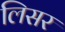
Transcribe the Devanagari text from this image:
लिसर